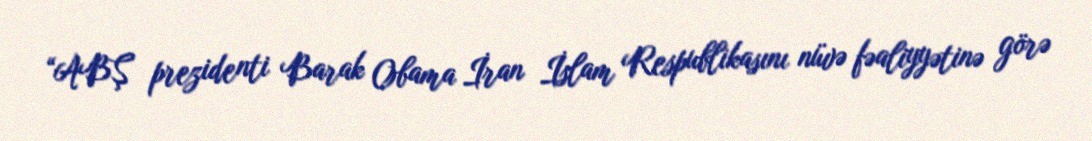
“ABŞ prezidenti Barak Obama İran İslam Respublikasını nüvə fəaliyyətinə görə